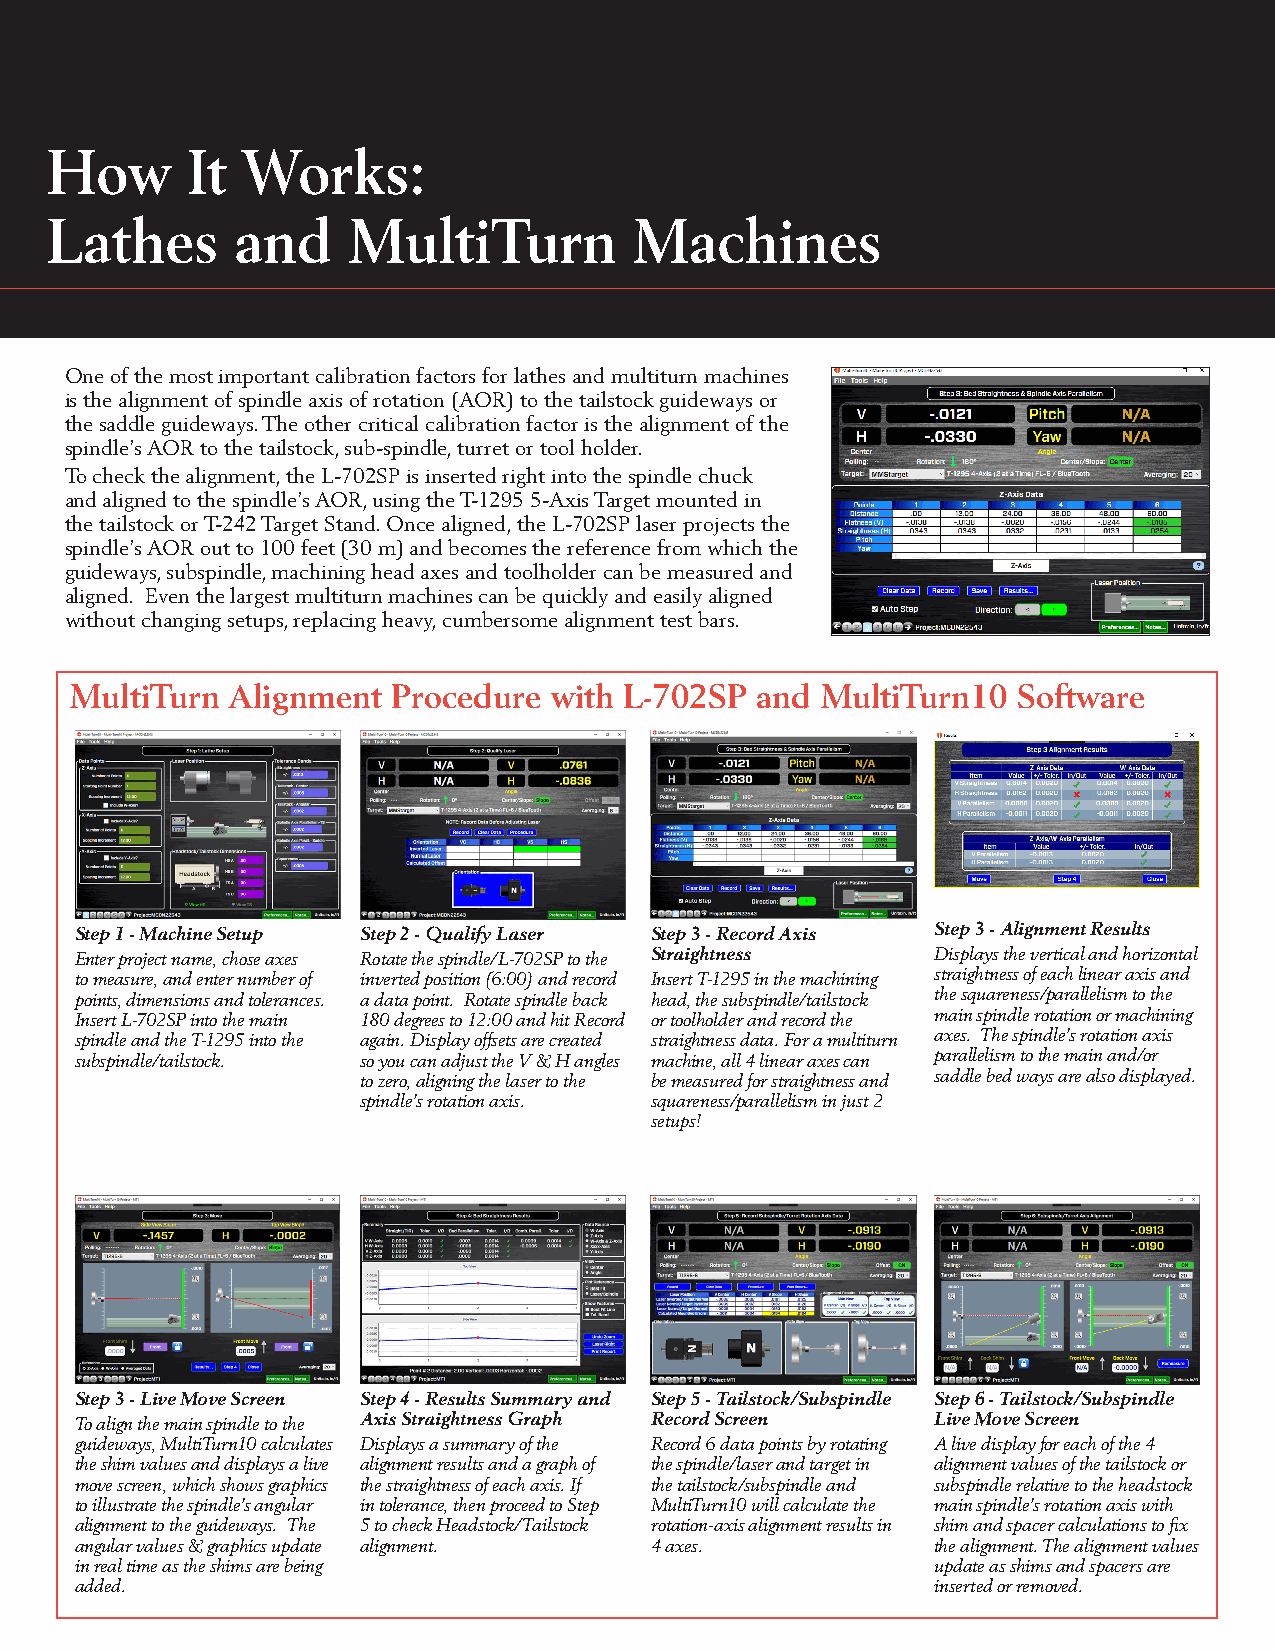
How      It  Works:
 Lathes       and    MultiTurn          Machines
 One of the most important calibration factors for lathes and multiturn machines
 is the alignment of spindle axis of rotation (AOR) to the tailstock guideways or
 the saddle guideways. The other critical calibration factor is the alignment of the
 spindle’s AOR to the tailstock, sub-spindle, turret or tool holder.
 To check the alignment, the L-702SP is inserted right into the spindle chuck
 and aligned to the spindle’s AOR, using the T-1295 5-Axis Target mounted in
 the tailstock or T-242 Target Stand. Once aligned, the L-702SP laser projects the
 spindle’s AOR out to 100 feet (30 m) and becomes the reference from which the
 guideways, subspindle, machining head axes and toolholder can be measured and
 aligned. Even the largest multiturn machines can be quickly and easily aligned
 without changing setups, replacing heavy, cumbersome alignment test bars.
 MultiTurn Alignment  Procedure with L-702SP  and MultiTurn10  Software
 Step 1 - Machine Setup Step 2 - Qualify Laser Step 3 - Record Axis Step 3 - Alignment Results
 Enter project name, chose axes Rotate the spindle/L-702SP to the Straightness Displays the vertical and horizontal
 to measure, and enter number of inverted position (6:00) and record Insert T-1295 in the machining straightness of each linear axis and
 points, dimensions and tolerances. a data point. Rotate spindle back head, the subspindle/tailstock the squareness/parallelism to the
 Insert L-702SP into the main 180 degrees to 12:00 and hit Record or toolholder and record the main spindle rotation or machining
 spindle and the T-1295 into the again. Display offsets are created straightness data. For a multiturn axes. The spindle’s rotation axis
 subspindle/tailstock. so you can adjust the V & H angles machine, all 4 linear axes can parallelism to the main and/or
 to zero, aligning the laser to the be measured for straightness and saddle bed ways are also displayed.
 spindle’s rotation axis. squareness/parallelism in just 2
 setups!
 Step 3 - Live Move Screen Step 4 - Results Summary and Step 5 - Tailstock/Subspindle Step 6 - Tailstock/Subspindle
 To align the main spindle to the Axis Straightness Graph Record Screen Live Move Screen
 guideways, MultiTurn10 calculates Displays a summary of the Record 6 data points by rotating A live display for each of the 4
 the shim values and displays a live alignment results and a graph of the spindle/laser and target in alignment values of the tailstock or
 move screen, which shows graphics the straightness of each axis. If the tailstock/subspindle and subspindle relative to the headstock
 to illustrate the spindle’s angular in tolerance, then proceed to Step MultiTurn10 will calculate the main spindle’s rotation axis with
 alignment to the guideways. The 5 to check Headstock/Tailstock rotation-axis alignment results in shim and spacer calculations to fix
 angular values & graphics update alignment. 4 axes.      the alignment. The alignment values
 in real time as the shims are being                      update as shims and spacers are
 added.                                                   inserted or removed.